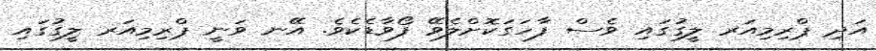
އަދި ޕްރިމިއަރ ލީގުގައި ވެސް ފާހަގަކޮށްލެވޭ ފޯވާޑެކެވެ. އޭނ ވަނީ ޕްރިމިއަރ ލީގުގައި